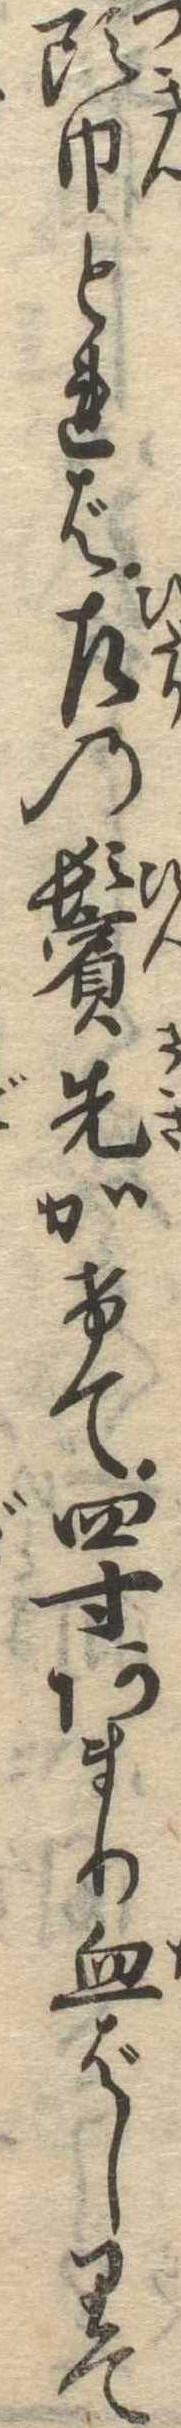
頭巾とれば左の鬢先かけて四寸あまり血ばしりて